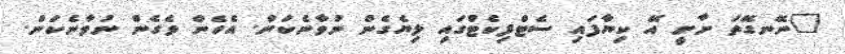
"ނޭނގޭތަ ށާށީ އޭ ކިޔާފައި ސެޓްފިކެޓްގައި ލިޔެގެން ނުވާނެކަން. އެހެން ވެގެން ނުވާނެކަން.